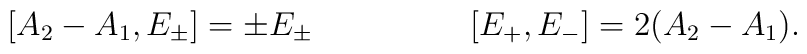
[A_{2}-A_{1},E_{\pm}]=\pm E_{\pm} \hspace{2cm}[E_{+},E_{-}]=2(A_{2}-A_{1}) .